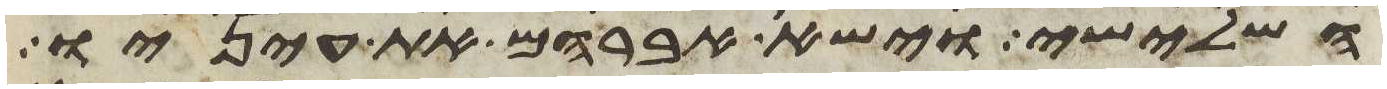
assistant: השלישי וישא אברהם את עיניו